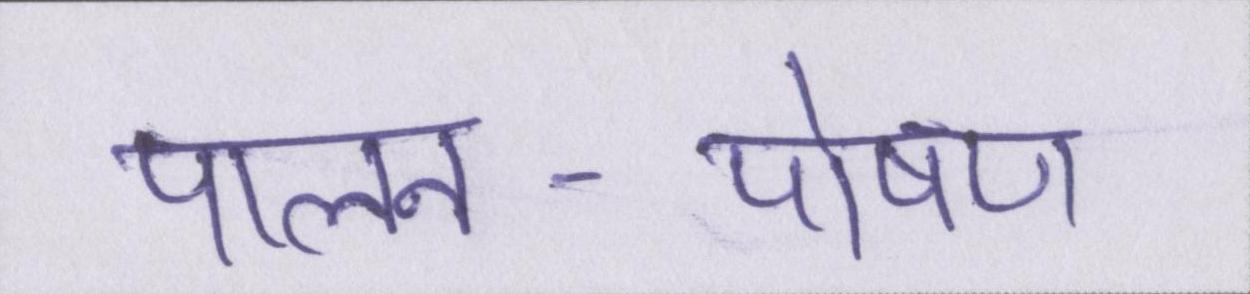
पालन-पोषण